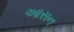
આસન